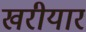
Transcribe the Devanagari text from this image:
खरीयार